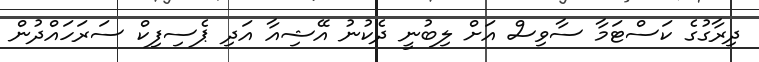
ދިރާގުގެ ކަސްޓަމާ ސާވިސް އަށް ލިބުނީ ދެކުނު އޭޝިއާ އަދި ޕެސިފިކް ސަރަހައްދުން